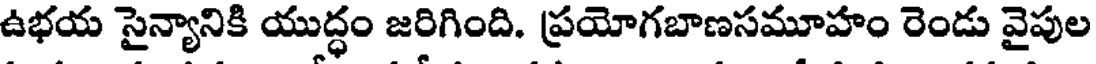
ఉభయ సైన్యానికి యుద్ధం జరిగింది. ప్రయోగబాణసమూహం రెండు వైపుల